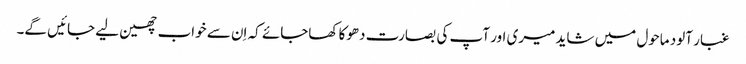
غبار آلود ماحول میں شاید میری اور آپ کی بصارت دھوکا کھاجائے کہ اِن سے خواب چھین لیے جائیں گے۔